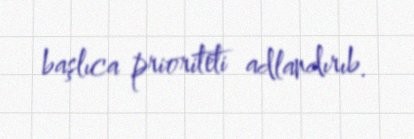
başlıca prioriteti adlandırıb.